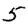
Digit: 5